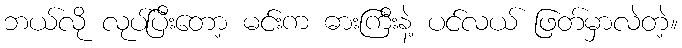
ဘယ်လို လုပ်ပြီးတော့ မင်းက ဓားကြီးနဲ့ ပင်လယ် ဖြတ်မှာလဲတဲ့။